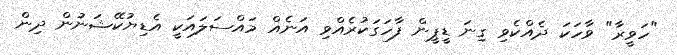
"ހަވީރާ" ވާހަކަ ދެއްކެވި ގިނަ ޑީޕީން ފާހަގަކުރެއްވި އަނެއް މައްސަލައަކީ އެޑިޔުކޭޝަނުން ދިން